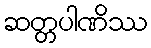
ဆတ္တပါဏိဿ